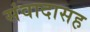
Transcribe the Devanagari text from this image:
संवादासह